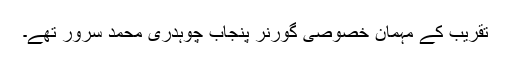
تقریب کے مہمان خصوصی گورنر پنجاب چوہدری محمد سرور تھے۔